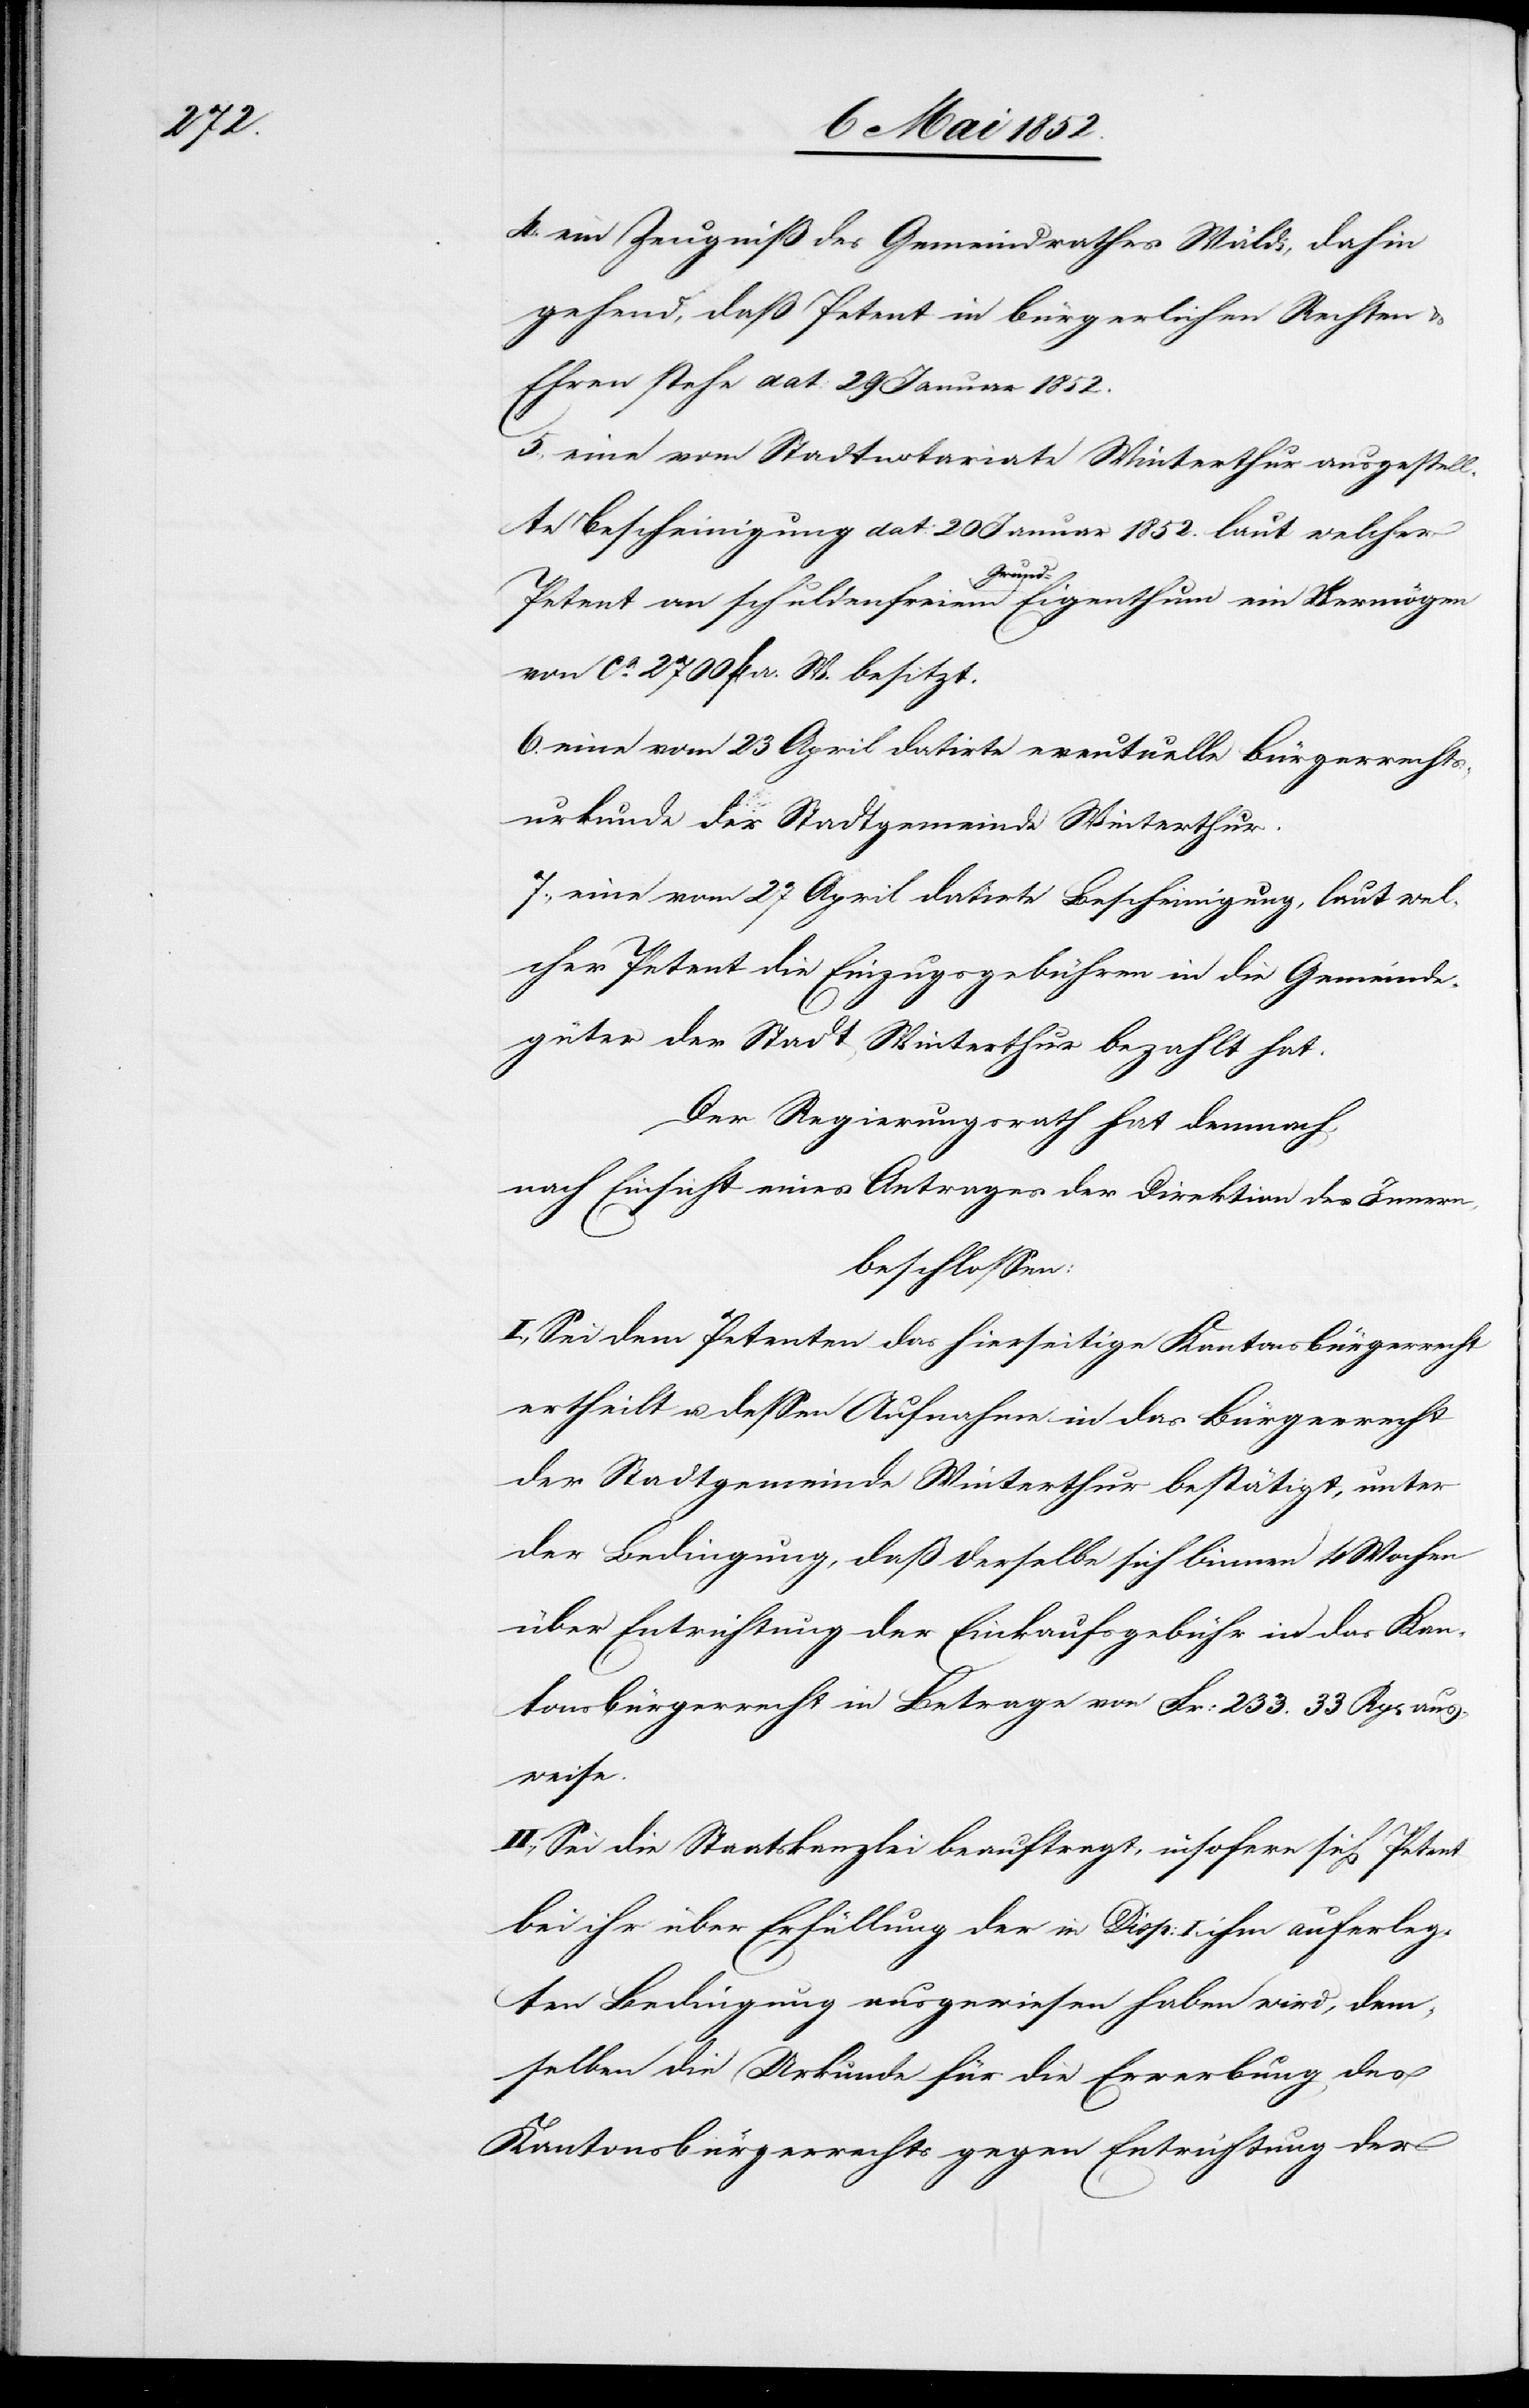
4. ein Zeugniß des Gemeindrathes Wäldi, dahin
gehend, daß Petent in bürgerlichen Rechten &
Ehren stehe dat: 29 Januar 1852.
5., eine vom Stadtnotariate Winterthur ausgestell¬
te Bescheinigung dat: 20 Januar 1852. laut welcher
Petent an schuldenfreiem Grund-Eigenthum ein Vermögen
von ca. 2700 fl a. W. besitzt.
6. eine vom 23 April datirte eventuelle Bürgerrechts¬
urkunde der Stadtgemeinde Winterthur.
7., eine vom 27 April datirte Bescheinigung, laut wel¬
cher Petent die Einzugsgebühren in die Gemeinde¬
güter der Stadt Winterthur bezahlt hat.
Der Regierungsrath hat demnach,
nach Einsicht eines Antrages der Direktion des Innern,
beschlossen:
I., Sei dem Petenten das hierseitige Kantonsbürgerrecht
ertheilt u. dessen Aufnahme in das Bürgerrecht
der Stadtgemeinde Winterthur bestätigt, unter
der Bedingung, daß derselbe sich binnen 4 Wochen
über Entrichtung der Einkaufsgebühr in das Kan¬
tonsbürgerrecht in [sic!] Betrage von Fr: 233. 33 Rp[en] aus¬
weise.
II., Sei die Staatskanzlei beauftragt, insofern sich Petent
bei ihr über Erfüllung der in Disp: I. ihm auferleg¬
ten Bedingung ausgewiesen haben wird, dem¬
selben die Urkunde für die Erwerbung des
Kantonsbürgerrechts gegen Entrichtung der